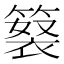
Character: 𥲘